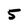
Character: 5